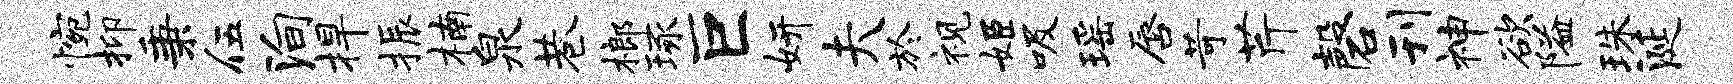
惋抑秉伍殉捍振楠泉巷榔琢巨妍夫於视姬吸瑶唇苛芹磬刊神欲隘珠涎